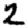
Digit: 2